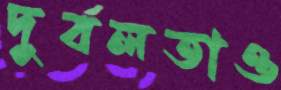
দুর্বলতাও